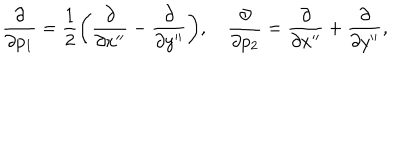
LaTeX: { \frac { \partial } { \partial p _ { 1 } } } = { \frac { 1 } { 2 } } \biggl ( { \frac { \partial } { \partial x ^ { \prime \prime } } } - { \frac { \partial } { \partial y ^ { \prime \prime } } } \biggr ) , \quad { \frac { \partial } { \partial p _ { 2 } } } = { \frac { \partial } { \partial x ^ { \prime \prime } } } + { \frac { \partial } { \partial y ^ { \prime \prime } } } ,